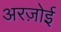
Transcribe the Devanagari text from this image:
अरज़ोई